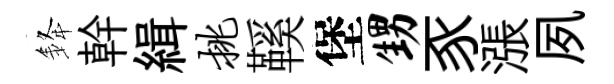
𨦟幹緝挑鞵堡甥豕漲夙